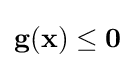
\mathbf {g} (\mathbf {x} )\leq \mathbf {0}